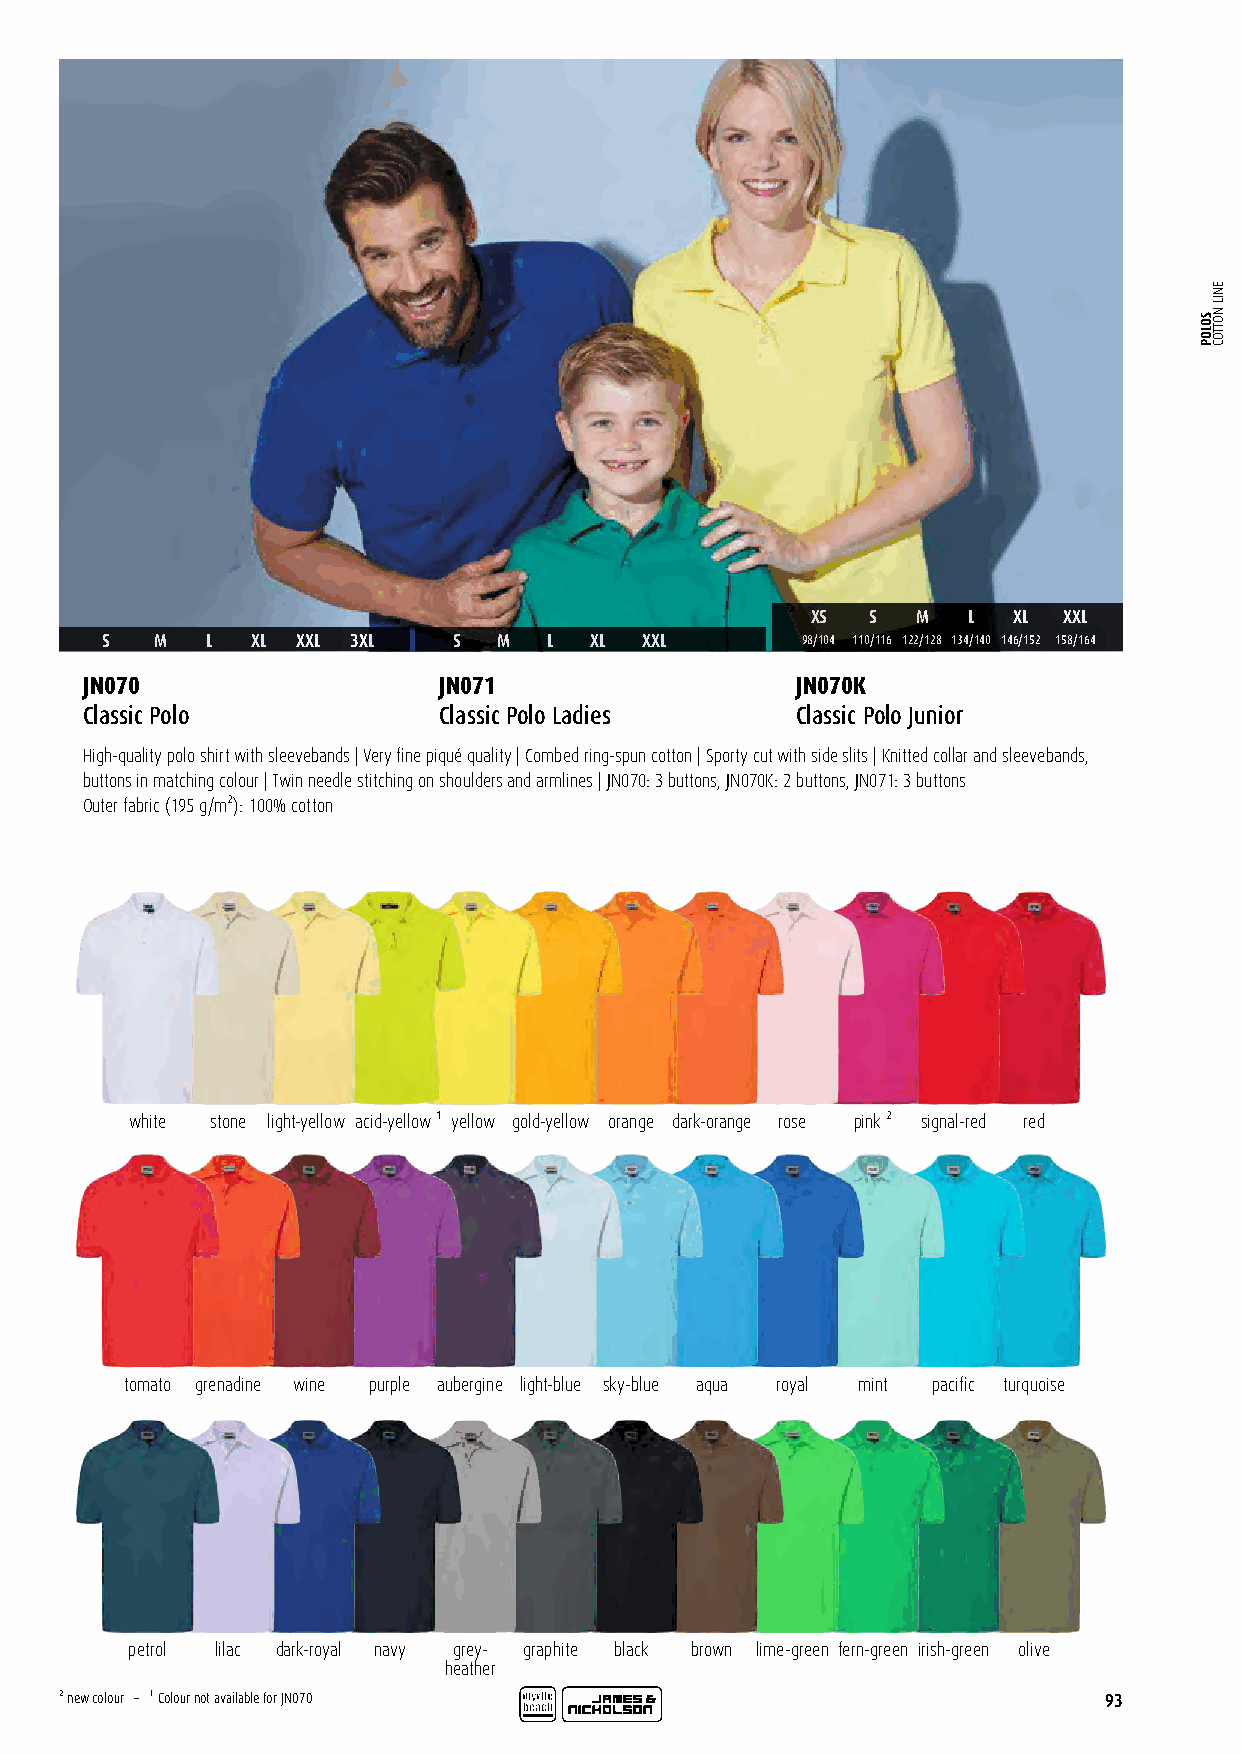
XS  S  M  L  XL XXL
 S  M   L  XL XXL 3XL   S  M  L  XL  XXL       98/104 110/116 122/128 134/140 146/152 158/164
 JN070                   JN071                   JN070K
 Classic Polo            Classic Polo Ladies     Classic Polo Junior
 High-quality polo shirt with sleevebands | Very fine piqué quality | Combed ring-spun cotton | Sporty cut with side slits | Knitted collar and sleevebands,
 buttons in matching colour | Twin needle stitching on shoulders and armlines | JN070: 3 buttons, JN070K: 2 buttons, JN071: 3 buttons
 Outer fabric (195 g/m²): 100% cotton
 white stone light-yellow acid-yellow ¹ yellow gold-yellow orange dark-orange rose pink ² signal-red red
 tomato grenadine wine purple aubergine light-blue sky-blue aqua royal mint pacific turquoise
 petrol lilac dark-royal navy grey- graphite black brown lime-green fern-green irish-green olive
 heather
 ² new colour – ¹ Colour not available for JN070                      93
 SOLOP
 ENIL
 NOTTOC